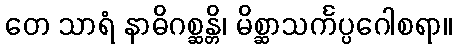
တေ သာရံ နာဓိဂစ္ဆန္တိ၊ မိစ္ဆာသင်္ကပ္ပဂေါစရာ။